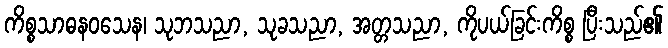
ကိစ္စသာဓနဝသေန၊ သုဘသညာ, သုခသညာ, အတ္တသညာ, ကိုပယ်ခြင်းကိစ္စ ပြီးသည်၏